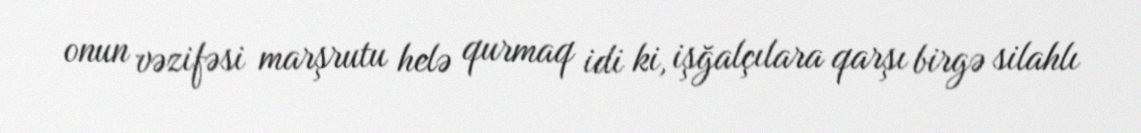
onun vəzifəsi marşrutu helə qurmaq idi ki, işğalçılara qarşı birgə silahlı